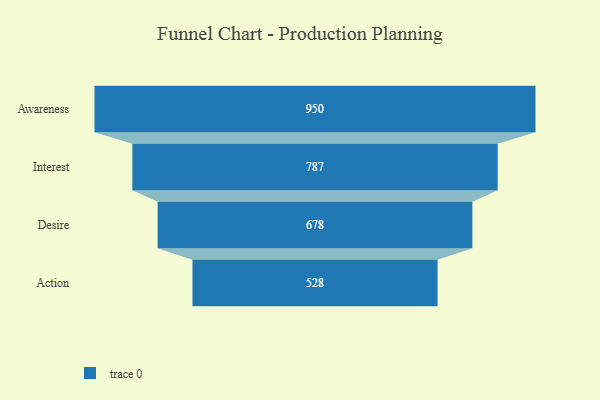
{"axis": {"x": "Stage", "y": "Value"}, "legend": [""], "data": [{"x": "Awareness", "y": 950.0, "type": ""}, {"x": "Interest", "y": 787.0, "type": ""}, {"x": "Desire", "y": 678.0, "type": ""}, {"x": "Action", "y": 528.0, "type": ""}]}